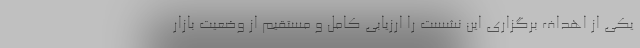
یکی از اهداف برگزاری این نشست را ارزیابی کامل و مستقیم از وضعیت بازار